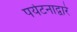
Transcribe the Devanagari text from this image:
पर्यटनाद्वारे